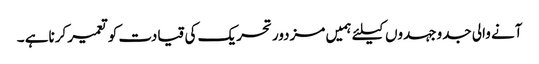
آنے والی جدوجہدوں کیلئے ہمیں مزدور تحریک کی قیادت کو تعمیر کرناہے ۔